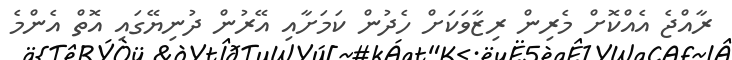
ރާއްޖެ އެއްކޮށް މެރިން ރިޒާވަކަށް ހެދުން ކަމަށާއި އޭރުން ދުނިޔޭގައި އޮތް އެންމެ